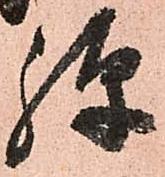
弾